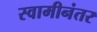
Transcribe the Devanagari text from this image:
स्वामीनंतर